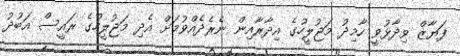
ފަޔާޒް ވިދާޅުވީ ހާމިދު މަޖުލީހުގެ އިދާރާއިން ނެރެދެއްވުމަށް އެދި މަޖުލީހުގެ ރައީސް އަބުދު